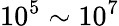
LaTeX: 10^{5}\sim 10^{7}